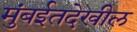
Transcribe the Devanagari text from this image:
मुंबईतदेखील